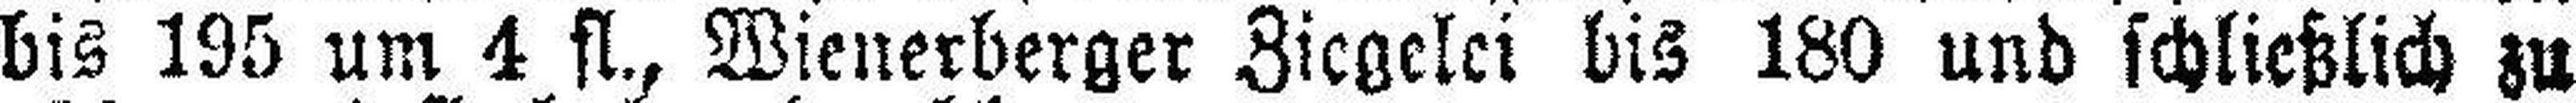
bis 195 um 4 fl., Wienerberger Ziegelei bis 180 und schließlich zu